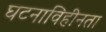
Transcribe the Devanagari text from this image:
घटनाविहीनता